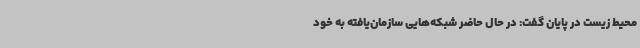
محیط زیست در پایان گفت: در حال حاضر شبکه‌هایی سازمان‌یافته به خود